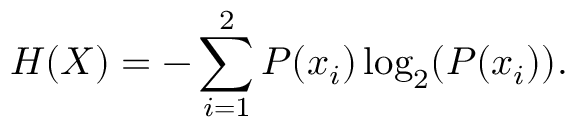
H ( X ) = - \sum _ { i = 1 } ^ { 2 } P ( x _ { i } ) \log _ { 2 } ( P ( x _ { i } ) ) .